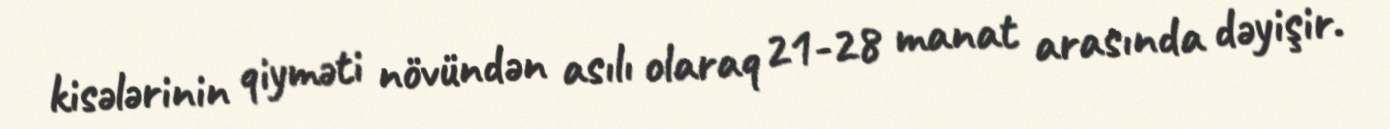
kisələrinin qiyməti növündən asılı olaraq 21-28 manat arasında dəyişir.